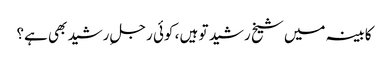
کابینہ میں شیخ رشید تو ہیں ، کوئی رجلِ رشید بھی ہے؟